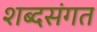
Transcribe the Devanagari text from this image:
शब्दसंगत